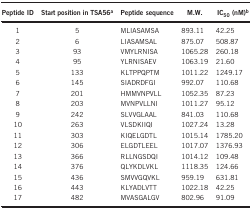
| Peptide ID | Start position in TSA56a | Peptide sequence | M.W. | IC50(nM)b |
 | --- | --- | --- | --- | --- |
 | 1 | 5 | MLIASAMSA | 893.11 | 42.25 |
 | 2 | 6 | LIASAMSAL | 875.07 | 508.87 |
 | 3 | 93 | VMYLRNISA | 1065.28 | 260.18 |
 | 4 | 95 | YLRNISAEV | 1063.19 | 21.60 |
 | 5 | 133 | KLTPPQPTM | 1011.22 | 1249.17 |
 | 6 | 145 | SIADRDFGI | 992.07 | 110.68 |
 | 7 | 201 | HMMVNPVLL | 1052.35 | 87.23 |
 | 8 | 203 | MVNPVLLNI | 1011.27 | 95.12 |
 | 9 | 242 | SLVVGLAAL | 841.03 | 110.68 |
 | 10 | 263 | VLSDKIIQI | 1027.24 | 13.28 |
 | 11 | 303 | KIQELGDTL | 1015.14 | 1785.20 |
 | 12 | 306 | ELGDTLEEL | 1017.07 | 1376.93 |
 | 13 | 366 | RLLNGSDQI | 1014.12 | 109.48 |
 | 14 | 376 | QLYKDLVKL | 1118.35 | 124.66 |
 | 15 | 436 | SMVVGQVKL | 959.19 | 631.81 |
 | 16 | 443 | KLYADLVTT | 1022.18 | 42.25 |
 | 17 | 482 | MVASGALGV | 802.96 | 91.09 |